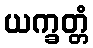
ယက္ခတ္တံ